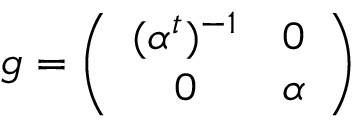
g = \left( \begin{array} { c c } { { ( \alpha ^ { t } ) ^ { - 1 } } } & { { 0 } } \\ { { 0 } } & { { \alpha } } \end{array} \right)